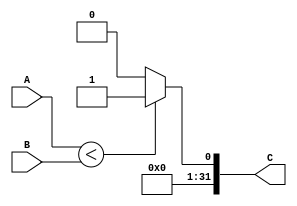
`timescale 1ns / 1ps
/*******************************************************************  
*  
* Module: SLT.v  
* Project: SSRisc  
* Description: compares 2 32bit inputs and outputs if the first is less than the second
*  
* Change history: 28/06/19 - created
*                 01/07/19 - edited..was missing the contents oops 
*                 
*  **********************************************************************/ 



module SLT(
input signed [31:0] A, 
input signed [31:0] B,
output [31:0] C
    );
    
    assign C = (A < B)? 1 : 0;
    
endmodule